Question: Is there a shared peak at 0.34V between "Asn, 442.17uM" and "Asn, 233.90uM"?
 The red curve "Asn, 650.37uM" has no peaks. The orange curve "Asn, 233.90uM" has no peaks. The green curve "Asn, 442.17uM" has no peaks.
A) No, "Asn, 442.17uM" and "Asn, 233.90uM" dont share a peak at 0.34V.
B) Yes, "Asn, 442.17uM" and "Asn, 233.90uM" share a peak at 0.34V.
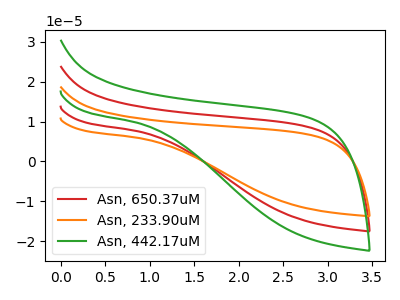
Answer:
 <answer>A) No, "Asn, 442.17uM" and "Asn, 233.90uM" dont share a peak at 0.34V.</answer>
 <eval>A</eval>